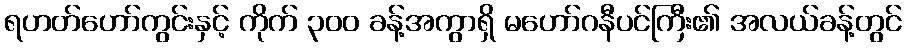
ရဟတ်ဟော်ကွင်းနှင့် ကိုက် ၃၀၀ ခန့်အကွာရှိ မဟော်ဂနီပင်ကြီး၏ အလယ်ခန့်တွင်